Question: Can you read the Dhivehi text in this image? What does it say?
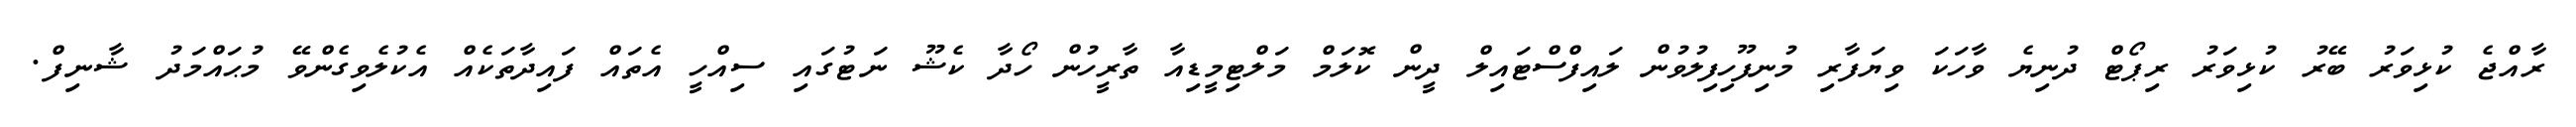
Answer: ރާއްޖެ ކުޅިވަރު ބޭރު ކުޅިވަރު ރިޕޯޓް ދުނިޔެ ވާހަކަ ވިޔަފާރި މުނިފޫހިފިލުވުން ލައިފްސްޓައިލް ދީން ކޮލަމް މަލްޓިމީޑިއާ ތާރީހުން ހޯދާ ކެޝޫ ނަޓުގައި ސިއްހީ އެތައް ފައިދާތަކެއް އެކުލެވިގެންވޭ މުޙައްމަދު ޝާނިފް.